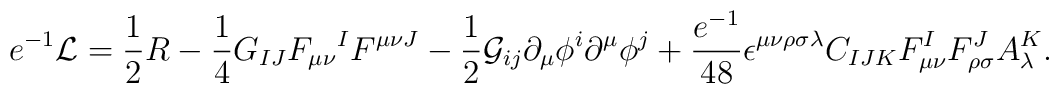
e^{-1}\mathcal{L}=\frac{1}{2}R-{\frac{1}{4}}G_{IJ}F_{\mu \nu }{}^{I}F^{\mu\nu J}-\frac{1}{2}\mathcal{G}_{ij}\partial _{\mu }\phi ^{i}\partial ^{\mu}\phi ^{j}+{\frac{e^{-1}}{48}}\epsilon ^{\mu \nu \rho \sigma \lambda}C_{IJK}F_{\mu \nu }^{I}F_{\rho \sigma}^{J}A_{\lambda}^{K}.